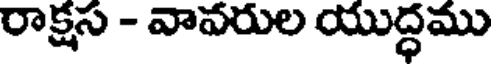
రాక్షస - వావరుల యుద్ధము